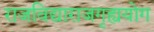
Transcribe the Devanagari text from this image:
राजविद्याराजगृह्ययोग